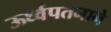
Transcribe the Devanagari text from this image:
ऊर्ध्वपतनाने